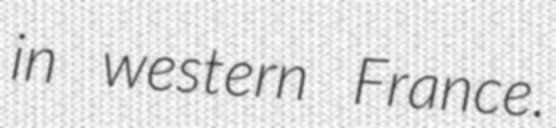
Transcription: in western France.